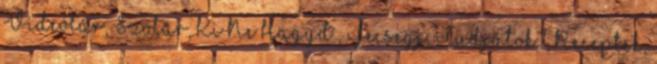
Videótár, Szótár, Ki Ne Hagyd , Fecsegj, Tudjátok?, Receptek,